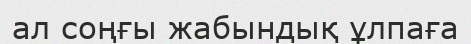
ал соңғы жабындық ұлпаға